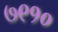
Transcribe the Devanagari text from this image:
७९१०